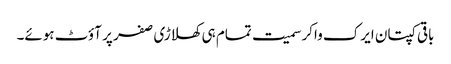
باقی کپتان ایرک واکر سمیت تمام ہی کھلاڑی صفر پر آؤٹ ہوئے۔